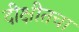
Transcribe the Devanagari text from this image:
दीक्षीतचा